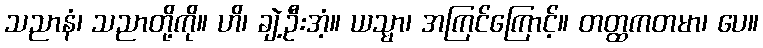
သညာနံ၊ သညာတို့ကို။ ဟိ၊ ချဲ့ဦးအံ့။ ယသ္မာ၊ အကြင်ကြောင့်။ တတ္ထကတမာ၊ ပေ။